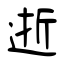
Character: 逝